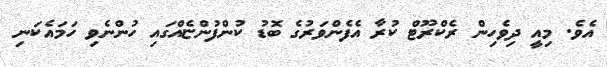
އެވެ. މިއީ ދިވެހިން ރެކްރޫޓް ކުރާ އެފެންވަރުގެ ބޮޑު ކުންފުންޏެއްގައި ހުންނެވި ހަމައެކަނި